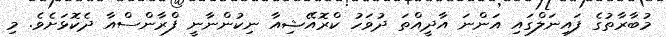
މުބާރާތުގެ ފައިނަލްގައި އަންނަ އާދީއްތަ ދުވަހު ކްރޮއޭޝިއާ ނިކުންނާނީ ފްރާންސްއާ ދެކޮޅަށެވެ. މި